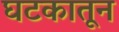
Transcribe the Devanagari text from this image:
घटकातून